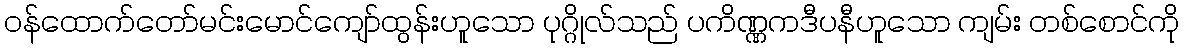
ဝန်ထောက်တော်မင်းမောင်ကျော်ထွန်းဟူသော ပုဂ္ဂိုလ်သည် ပကိဏ္ဏကဒီပနီဟူသော ကျမ်း တစ်စောင်ကို